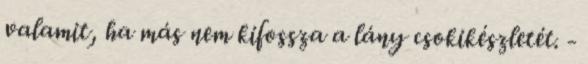
valamit, ha más nem kifossza a lány csokikészletét. -